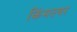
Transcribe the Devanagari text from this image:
किंमतवर